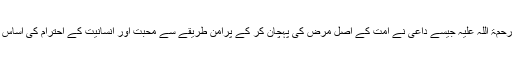
برصغیر میں تحریک خلافت جیسی پرشور تحریکوں کے زمانے میں مولانا الیاس رحمۃ اللہ علیہ جیسے داعی نے امت کے اصل مرض کی پہچان کر کے پرامن طریقے سے محبت اور انسانیت کے احترام کی اساس پر دعوت کا کام شروع کیا، جس نے آج تک کئی انسانوں کی زندگیوں کو بدلا ہے۔